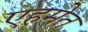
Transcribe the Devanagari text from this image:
एहमेत